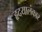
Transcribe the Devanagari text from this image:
हृदयालंकार